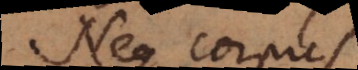
Neque corpus